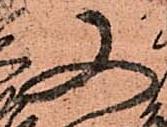
又